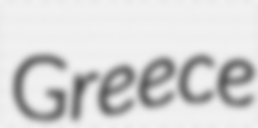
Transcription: Greece